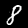
Digit: 8